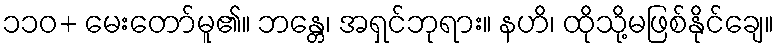
၁၁၀+ မေးတော်မူ၏။ ဘန္တေ၊ အရှင်ဘုရား။ နဟိ၊ ထိုသို့မဖြစ်နိုင်ချေ။